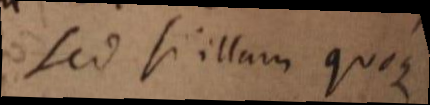
Sed si illam quoque